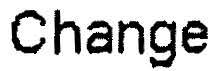
CHANGE